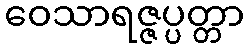
ဝေသာရဇ္ဇပ္ပတ္တာ